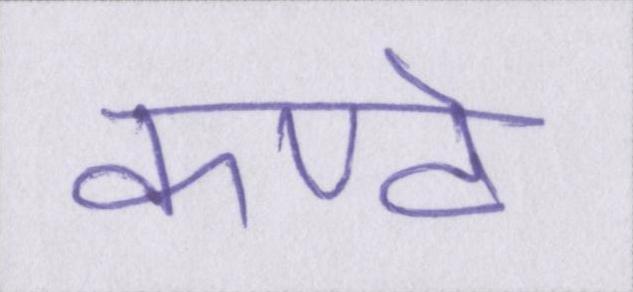
कण्ठे